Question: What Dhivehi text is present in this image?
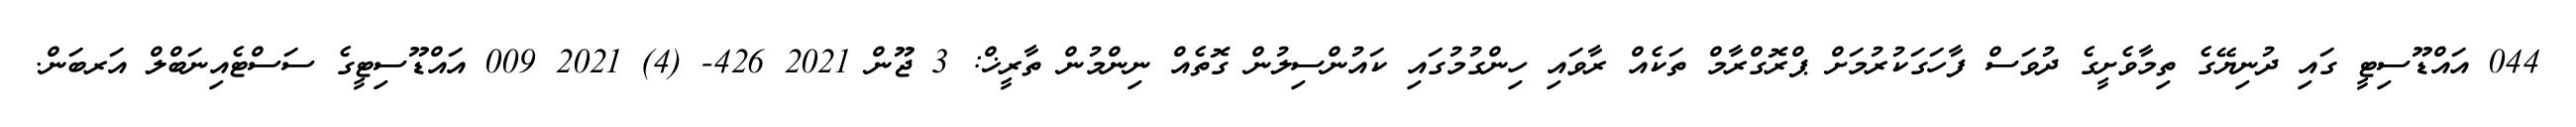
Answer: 044 އައްޑޫސިޓީ ގައި ދުނިޔޭގެ ތިމާވެށީގެ ދުވަސް ފާހަގަކުރުމަށް ޕްރޮގްރާމް ތަކެއް ރާވައި ހިންގުމުގައި ކައުންސިލުން ގޮތެއް ނިންމުން ތާރީޚް: 3 ޖޫން 2021 426- (4) 2021 009 އައްޑޫސިޓީގެ ސަސްޓެއިނަބްލް އަރބަން.